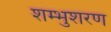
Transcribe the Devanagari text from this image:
शम्भुशरण